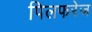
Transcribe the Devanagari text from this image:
पिलफरेज